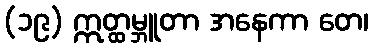
(၁၉) ဣတ္ထမ္ဘူတာ အနေကာ တေ၊